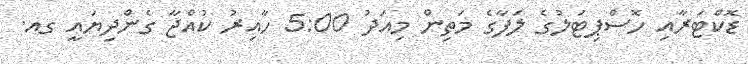
ޑޮކްޓަރާއި ހޮސްޕިޓަލުގެ ލަފާގެ މަތިން މިއަދު 5:00 ހާއިރު ކުއްޖާ ގެންދިޔައީ ގއ.